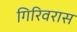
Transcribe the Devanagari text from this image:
गिरिवरास